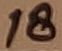
Text: 18